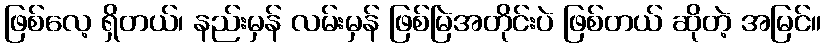
ဖြစ်လေ့ ရှိတယ်၊ နည်းမှန် လမ်းမှန် ဖြစ်မြဲအတိုင်းပဲ ဖြစ်တယ် ဆိုတဲ့ အမြင်။